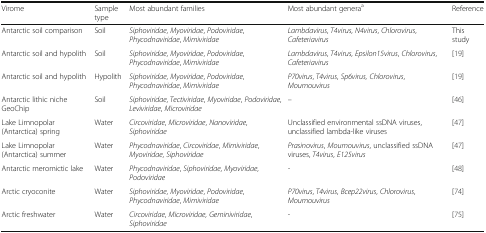
| Virome | Sample type | Most abundant families | Most abundant generaa | Reference |
 | --- | --- | --- | --- | --- |
 | Antarctic soil comparison | Soil | Siphoviridae, Myoviridae, Podoviridae, Phycodnaviridae, Mimiviridae | Lambdavirus, T4virus, N4virus, Chlorovirus, Cafeteriavirus | This study |
 | Antarctic soil and hypolith | Soil | Siphoviridae, Myoviridae, Podoviridae, Phycodnaviridae, Mimiviridae | Lambdavirus, T4virus, Epsilon15virus, Chlorovirus, Cafeteriavirus | [19] |
 | Antarctic soil and hypolith | Hypolith | Siphoviridae, Myoviridae, Podoviridae, Phycodnaviridae, Mimiviridae | P70virus, T4virus, Sp6virus, Chlorovirus, Moumouvirus | [19] |
 | Antarctic lithic niche GeoChip | Soil | Siphoviridae, Tectiviridae, Myoviridae, Podoviridae, Leviviridae, Microviridae | – | [46] |
 | Lake Limnopolar (Antarctica) spring | Water | Circoviridae, Microviridae, Nanoviridae, Siphoviridae | Unclassified environmental ssDNA viruses, unclassified lambda-like viruses | [47] |
 | Lake Limnopolar (Antarctica) summer | Water | Phycodnaviridae, Circoviridae, Mimiviridae, Myoviridae, Siphoviridae | Prasinovirus, Moumouvirus, unclassified ssDNA viruses, T4virus, E125virus | [47] |
 | Antarctic meromictic lake | Water | Phycodnaviridae, Siphoviridae, Myoviridae, Podoviridae | - | [48] |
 | Arctic cryoconite | Water | Siphoviridae, Myoviridae, Podoviridae, Phycodnaviridae, Mimiviridae | P70virus, T4virus, Bcep22virus, Chlorovirus, Moumouvirus | [74] |
 | Arctic freshwater | Water | Circoviridae, Microviridae, Geminiviridae, Siphoviridae | - | [75] |